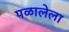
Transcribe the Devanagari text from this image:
पळालेला